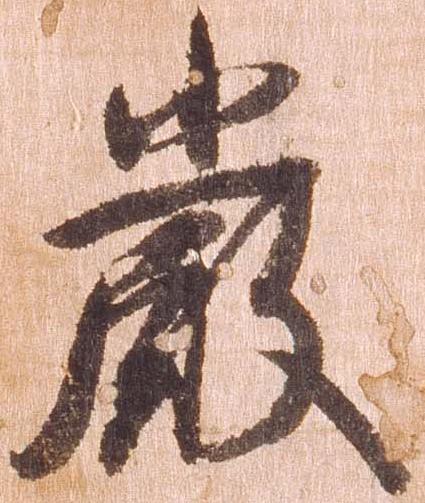
厳